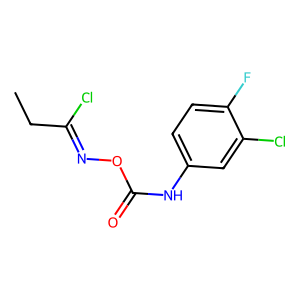
SMILES: CCC(Cl)=NOC(=O)Nc1ccc(F)c(Cl)c1
Inhibits HIV replication: No